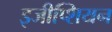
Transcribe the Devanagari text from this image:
इजीप्शियन